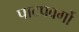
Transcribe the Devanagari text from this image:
पादपवर्गो